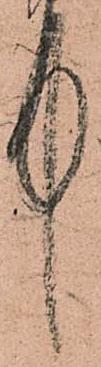
中